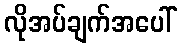
လိုအပ်ချက်အပေါ်